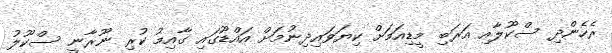
ރެހެންދި ސްކޫލާއި އަރަބި މީޑިއަމަށް ކިޔަވައިދިނުމަށް އައްޑޫގައި ގާއިމު ކުރި ނޫރާނީ ސްކޫލު